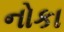
નોકા